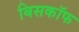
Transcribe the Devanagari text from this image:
बिसकॉफ